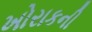
ખોરાકની